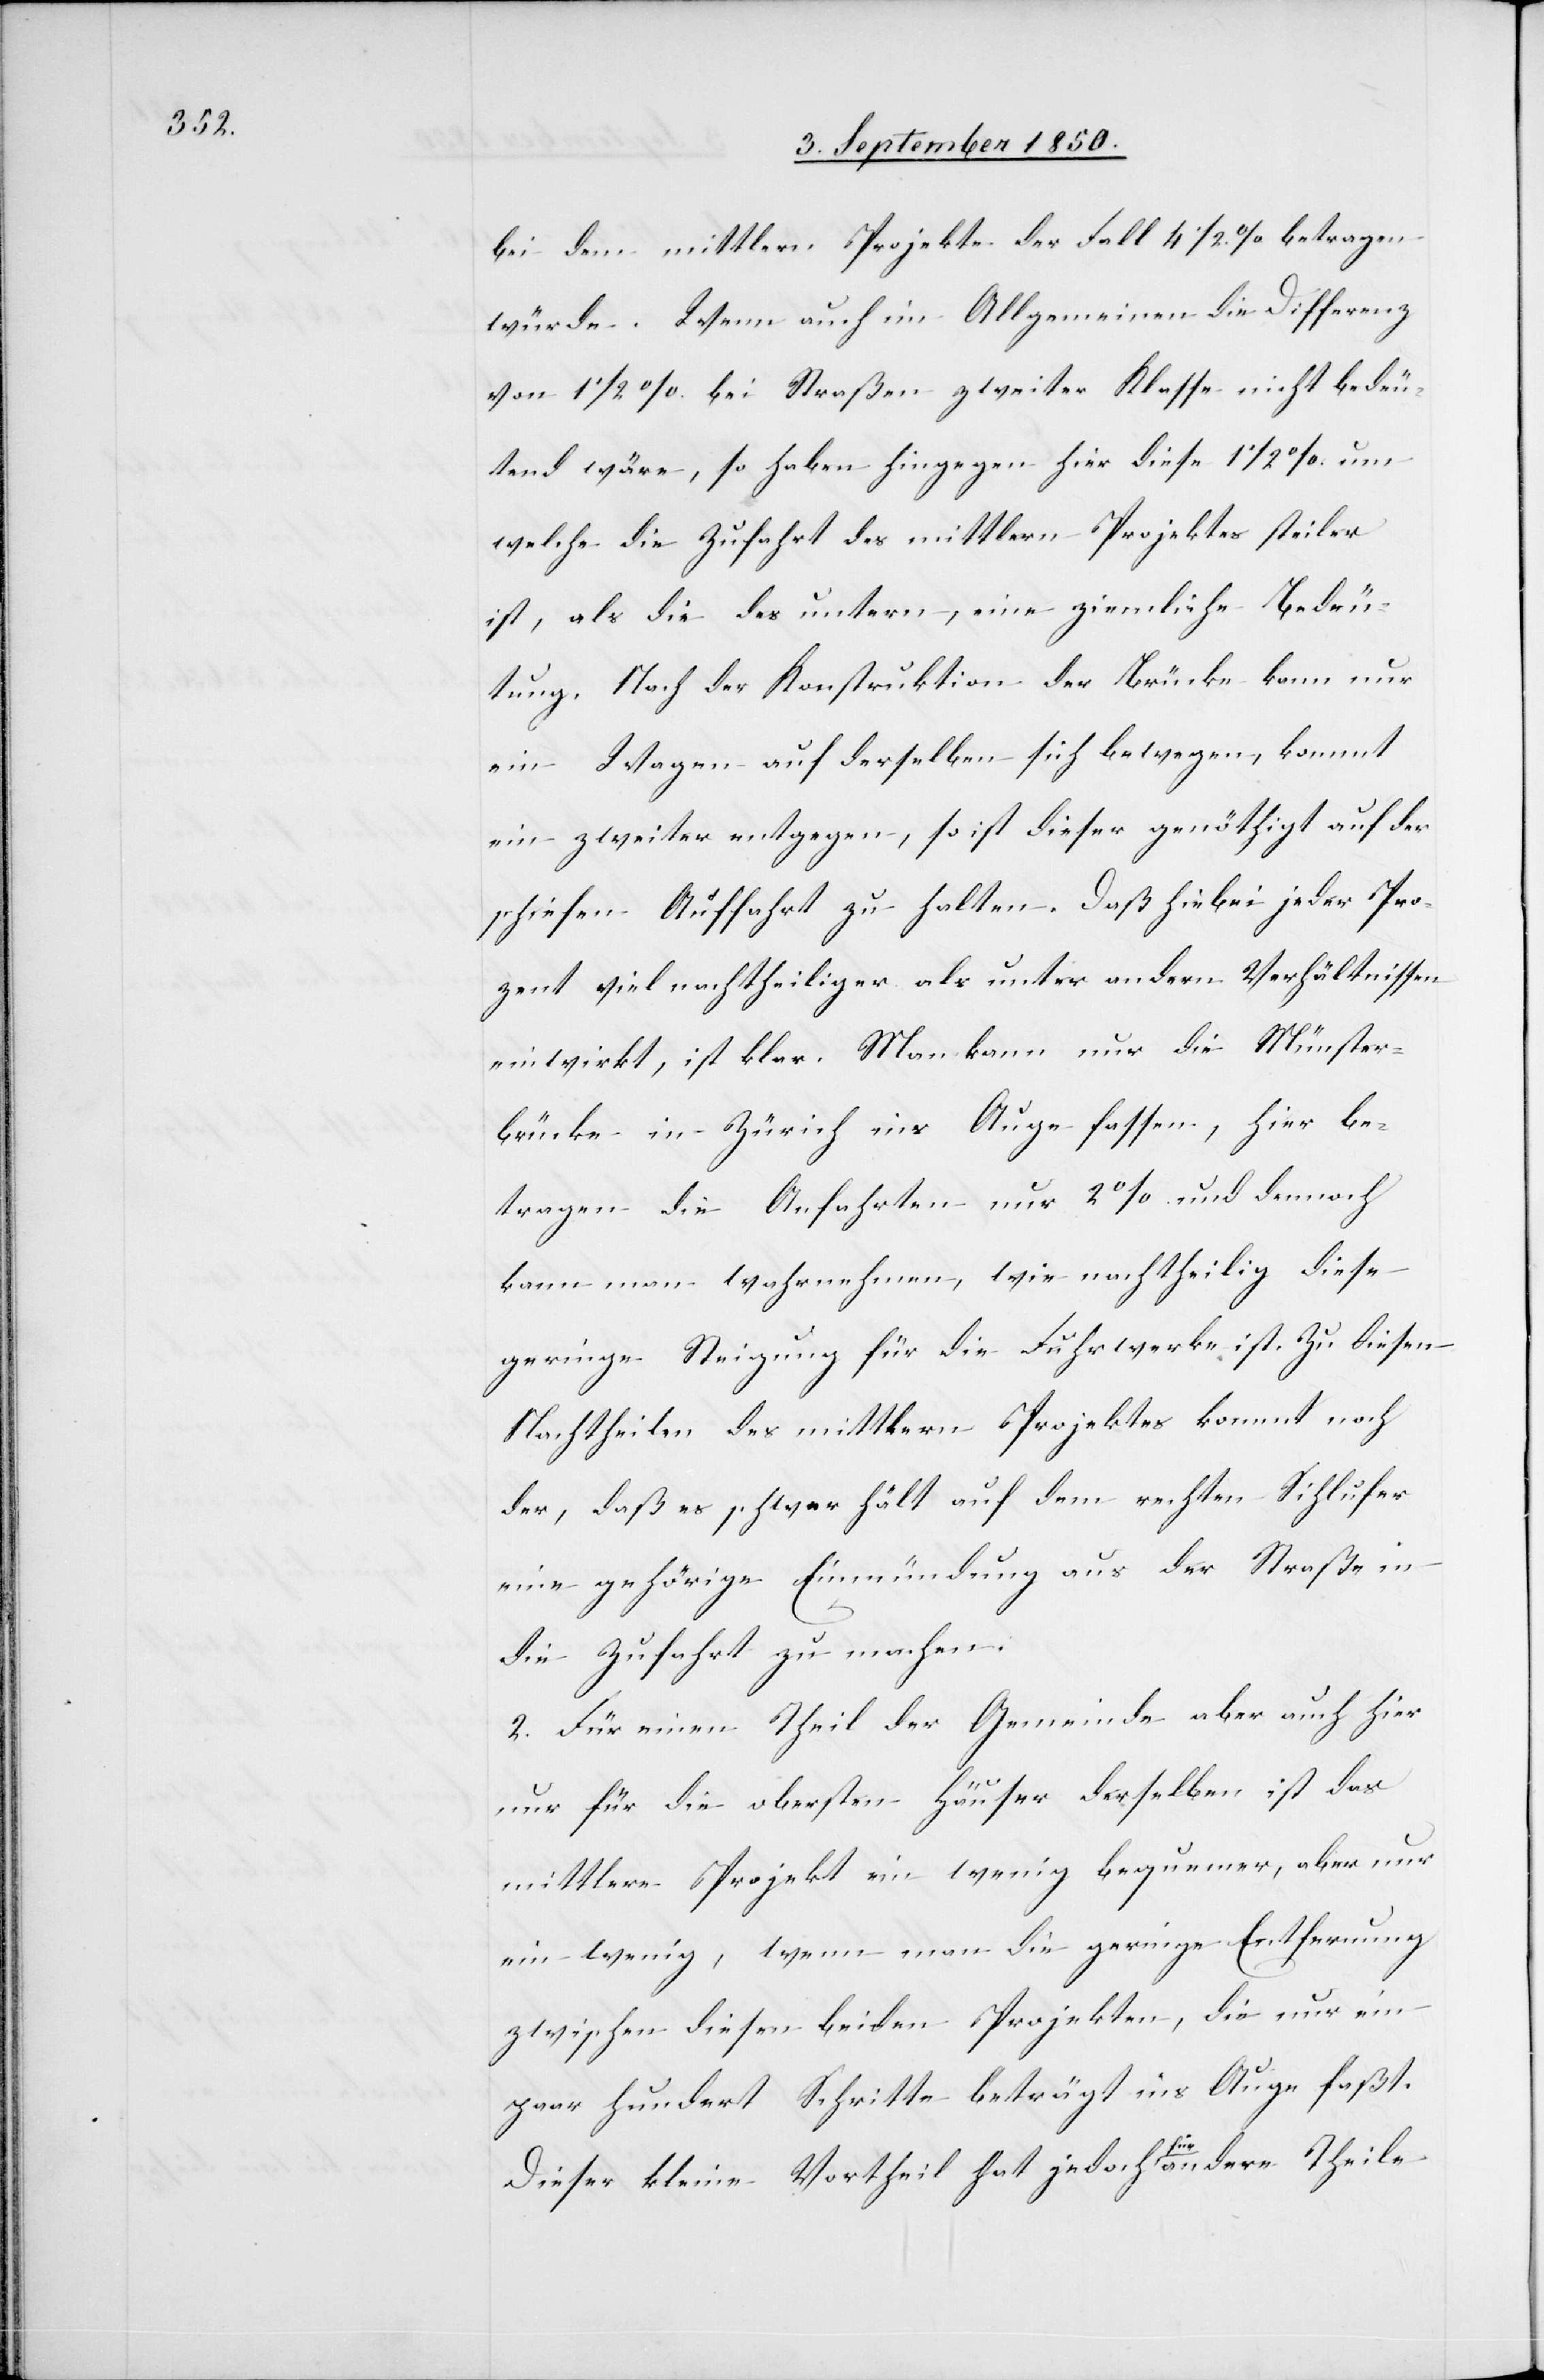
bei dem mittlern Projekte der Fall 4 1/2 % betragen
würde. Wenn auch im Allgemeinen die Differenz
von 1 1/2 % bei Straßen zweiter Klasse nicht bedeu¬
tend wäre, so haben hingegen hier diese 1 1/2 % um
welche die Zufahrt des mittlern Projektes steiler
ist, als die des untern, eine ziemliche Bedeu¬
tung. Nach der Konstruktion der Brücke kann nur
ein Wagen auf derselben sich bewegen, kommt
ein zweiter entgegen, so ist dieser genöthigt auf der
schiefen Auffahrt zu halten. Daß hiebei jeder Pro¬
zent viel nachtheiliger als unter andern Verhältnissen
einwirkt, ist klar. Man kann nur die Münster¬
brücke in Zürich ins Auge fassen, hier be¬
tragen die Anfahrten nur 2 % und dennoch
kann man wahrnehmen, wie nachtheilig diese
geringe Steigung für die Fuhrwerke ist. Zu diesen
Nachtheilen des mittlern Projektes kommt noch
der, daß es schwer hält [recte: fällt] auf dem rechten Sihlufer
eine gehörige Einmündung aus der Straße in
die Zufahrt zu machen.
2. Für einen Theil der Gemeinde aber auch hier
nur für die obersten Häuser derselben ist das
mittlere Projekt ein wenig bequemer, aber nur
ein wenig, wenn man die geringe Entfernung
zwischen diesen beiden Projekten, die nur ein
paar hundert Schritte beträgt ins Auge faßt.
Dieser kleine Vortheil hat jedoch für andere Theile